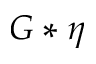
G * \eta